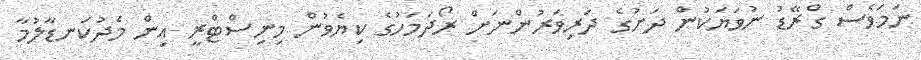
ނަމަވެސް ގްރޭޑު ނުވަޔަކުން ދަށުގެ ދަރިވަރުންނަށް ރޯދަމަހުގެ ކިޔެވުން މިނިސްޓްރީ އިން މެދުކަނޑާލުމާ